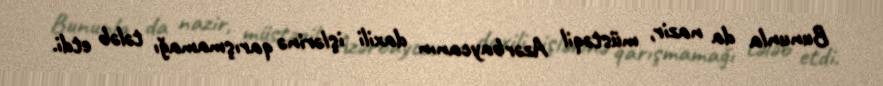
Bununla da nazir, müstəqil Azərbaycanın daxili işlərinə qarışmamağı tələb etdi.